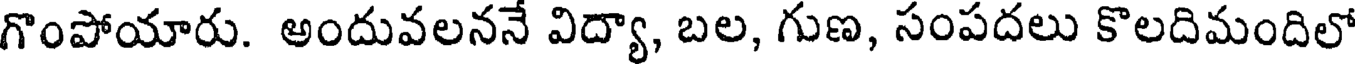
గొంపోయారు. అందువలననే విద్యా, బల, గుణ, సంపదలు కొలదిమందిలో